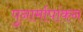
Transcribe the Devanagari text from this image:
पुनार्मापांकन